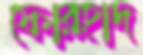
ফোরহাদ